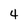
Character: 4